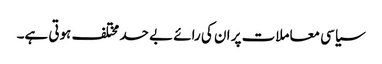
سیاسی معاملات پر ان کی رائے بے حد مختلف ہوتی ہے۔